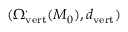
( \Omega _ { \operatorname { v e r t } } ^ { \cdot } ( M _ { 0 } ) , d _ { \operatorname { v e r t } } )